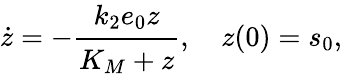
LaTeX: \dot{z}=-\cfrac{k_{2}e_{0}z}{K_{M}+z},\quad z(0)=s_{0},